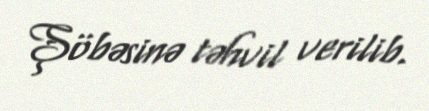
Şöbəsinə təhvil verilib.